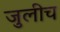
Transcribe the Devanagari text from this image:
जुलीच